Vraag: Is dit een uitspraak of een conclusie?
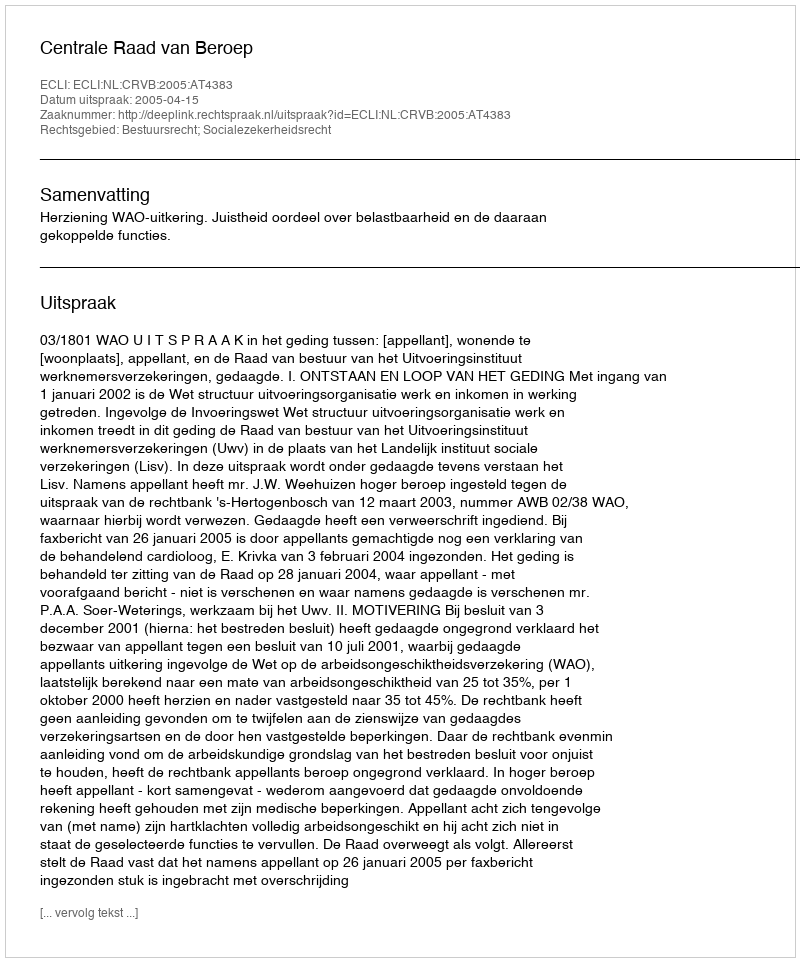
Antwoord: Uitspraak